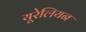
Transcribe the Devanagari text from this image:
यूरेलियन